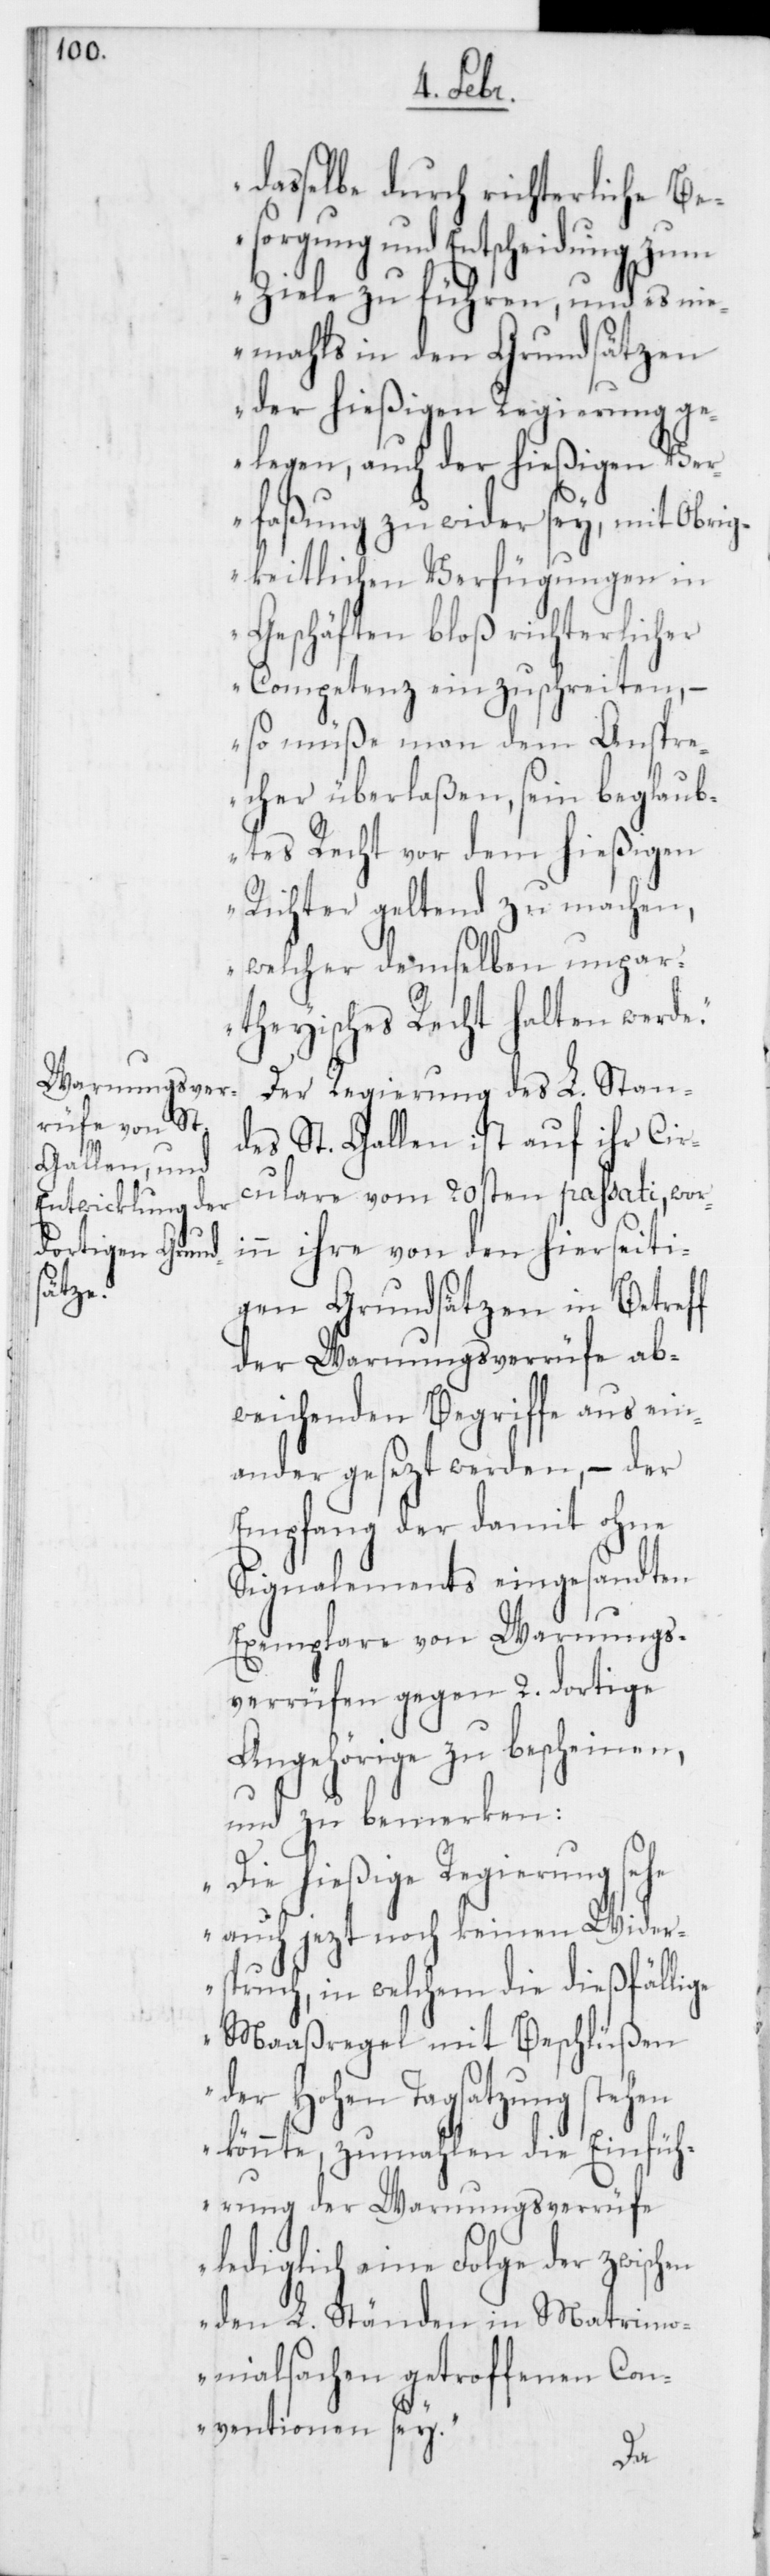
dasselbe durch richterliche Be¬
sorgung und Entscheidung zum
Ziele zu führen, und es ni¬
emahls in den Grundsätzen
der hießigen Regierung g¬
elegen, auch der hießigen Ve¬
rfaßung zuwider sey, mit Obri¬
gkeitlichen Verfügungen in
Geschäften bloß richterlicher
Competenz einzuschreiten, –
so müße man dem Anspre¬
cher überlaßen, sein beglaub¬
tes Recht vor dem hießigen
Richter geltend zu machen,
welcher demselben unpar¬
theyisches Recht halten werde.“
Der Regierung des L. Stan¬
des St. Gallen ist auf ihr Cir¬
culare vom 20sten passati, wori¬
nn ihre von den hierseiti¬
gen Grundsätzen in Betreff
der Warnungsverrüfe ab¬
weichenden Begriffe ausein¬
andergesezt werden, – der
Empfang der damit ohne
Signalements eingesandten
Exemplare von Warnungs¬
verrüfen gegen 2. dortige
Angehörige zu bescheinen,
und zu bemerken:
„Die hießige Regierung sehe
auch jezt noch keinen Wider¬
spruch, in welchem die dießfällige
Maaßregel mit Beschlüßen
der Hohen Tagsatzung stehen
könnte, zumahlen die Einfüh¬
rung der Warnungsverrüfe
lediglich eine Folge der zwischen
den L. Ständen in Matrimo¬
nialsachen getroffenen Con¬
ventionen sey.